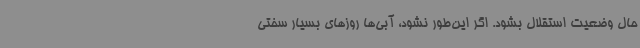
حال وضعیت استقلال بشود. اگر این‌طور نشود، آبی‌ها روزهای بسیار سختی